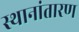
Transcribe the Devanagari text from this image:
स्थानांतारण